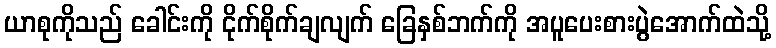
ယာစုကိုသည် ခေါင်းကို ငိုက်စိုက်ချလျက် ခြေနှစ်ဘက်ကို အပူပေးစားပွဲအောက်ထဲသို့